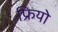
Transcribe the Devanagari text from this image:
फ्रियो